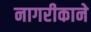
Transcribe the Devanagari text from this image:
नागरीकाने